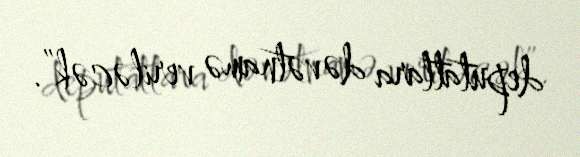
deputatlara dəvətnamə veriləcək”.